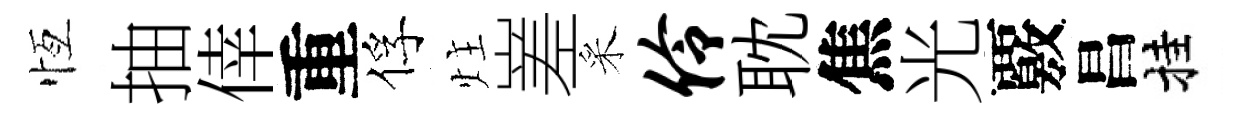
恆抽倖重俘炷嵳采伶耽焦光覈昌挂